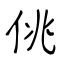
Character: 佻